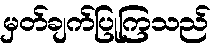
မှတ်ချက်ပြုကြသည်